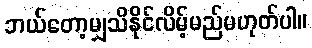
ဘယ်တော့မျှသိနိုင်လိမ့်မည်မဟုတ်ပါ။